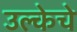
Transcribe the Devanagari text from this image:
उल्केचे